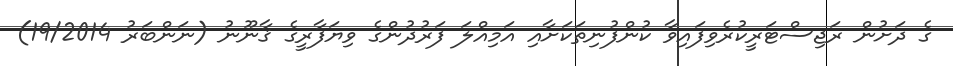
ގެ ދަށުން ރަޖިސްޓަރީކުރެވިފައިވާ ކުންފުނިތަކަށާއި އަމިއްލަ ފަރުދުންގެ ވިޔަފާރީގެ ޤާނޫނު (ނަންބަރު 19/2014)